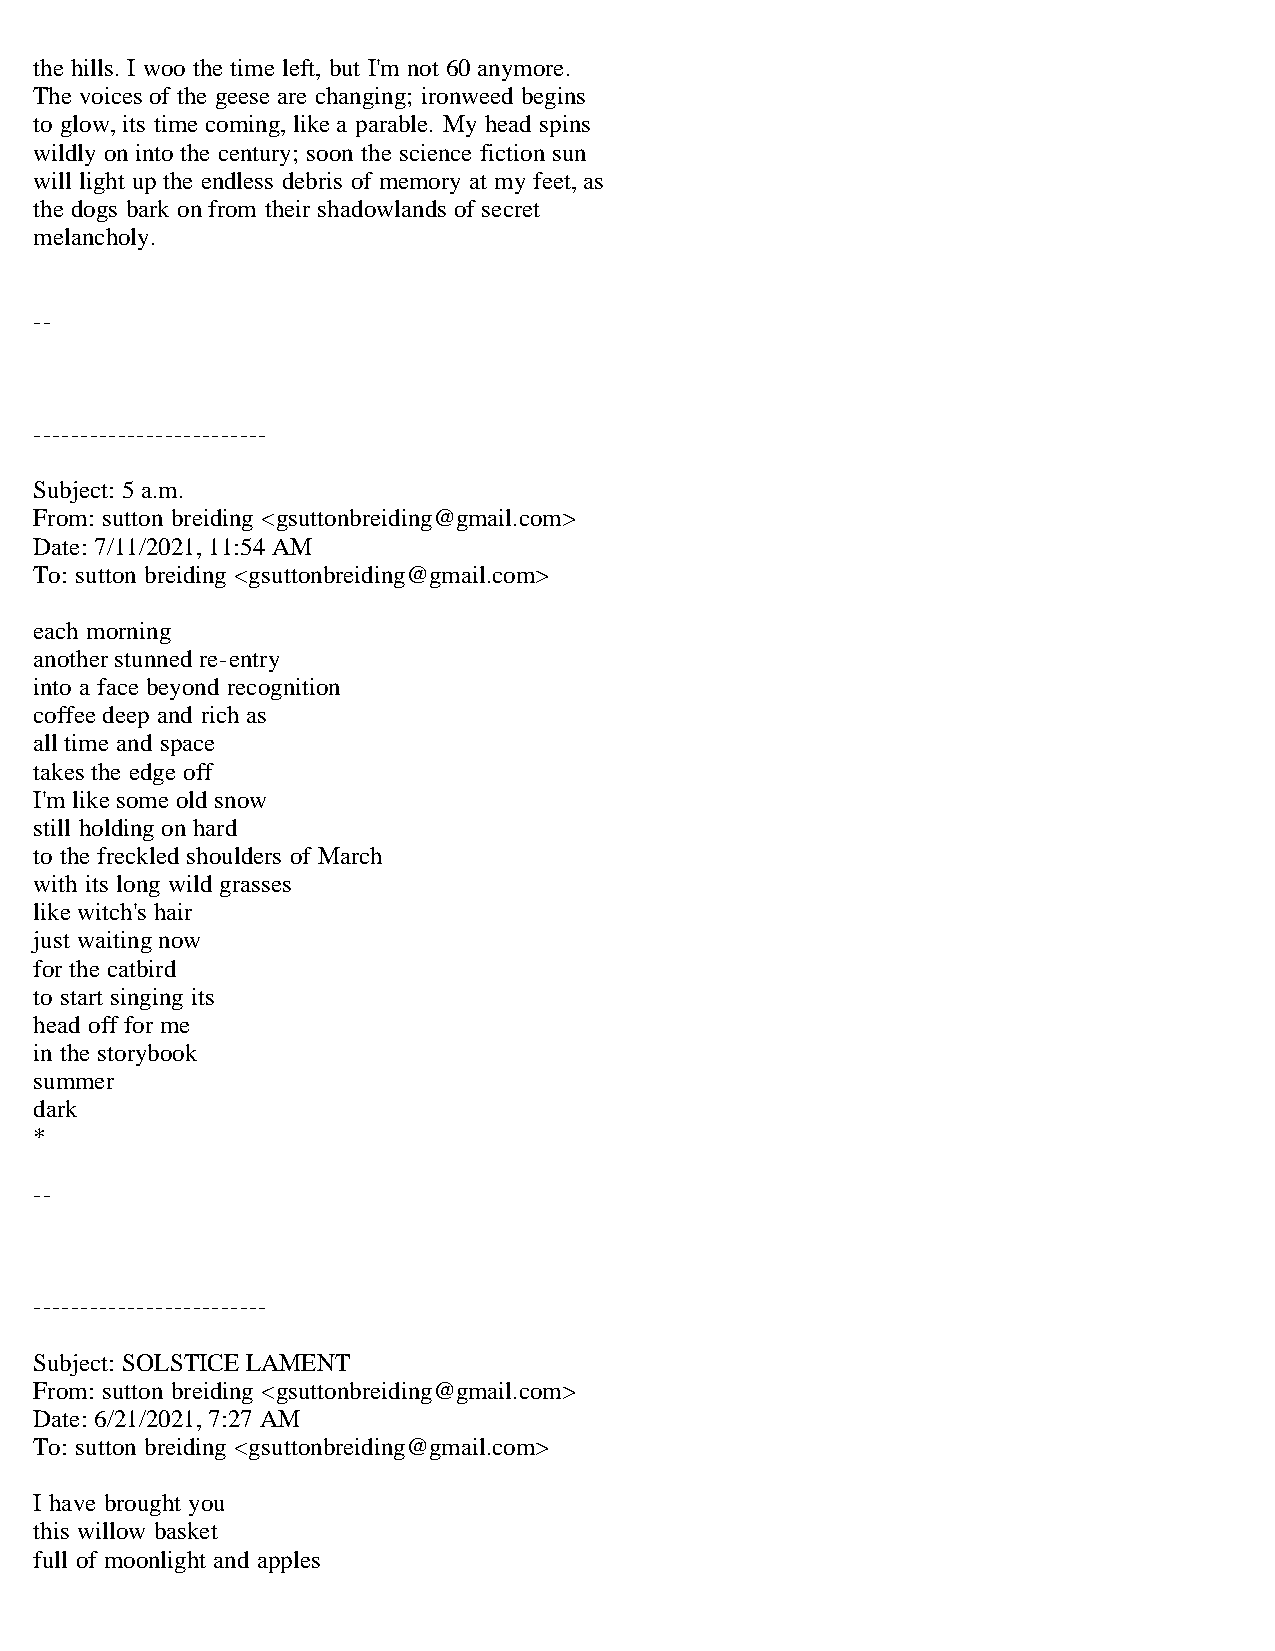
the hills. I woo the time left, but I'm not 60 anymore.
 The voices of the geese are changing; ironweed begins
 to glow, its time coming, like a parable. My head spins
 wildly on into the century; soon the science fiction sun
 will light up the endless debris of memory at my feet, as
 the dogs bark on from their shadowlands of secret
 melancholy.
 --
 -------------------------
 Subject: 5 a.m.
 From: sutton breiding <gsuttonbreiding@gmail.com>
 Date: 7/11/2021, 11:54 AM
 To: sutton breiding <gsuttonbreiding@gmail.com>
 each morning
 another stunned re-entry
 into a face beyond recognition
 coffee deep and rich as
 all time and space
 takes the edge off
 I'm like some old snow
 still holding on hard
 to the freckled shoulders of March
 with its long wild grasses
 like witch's hair
 just waiting now
 for the catbird
 to start singing its
 head off for me
 in the storybook
 summer
 dark
 *
 --
 -------------------------
 Subject: SOLSTICE LAMENT
 From: sutton breiding <gsuttonbreiding@gmail.com>
 Date: 6/21/2021, 7:27 AM
 To: sutton breiding <gsuttonbreiding@gmail.com>
 I have brought you
 this willow basket
 full of moonlight and apples